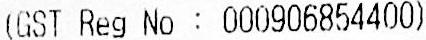
(GST REG NO : 000906854400)